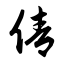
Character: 倩